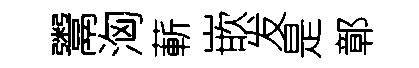
鬻洶蔪嵌发是鄣